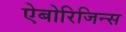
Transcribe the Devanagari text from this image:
ऐबोरिजिन्स